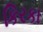
કિરકા